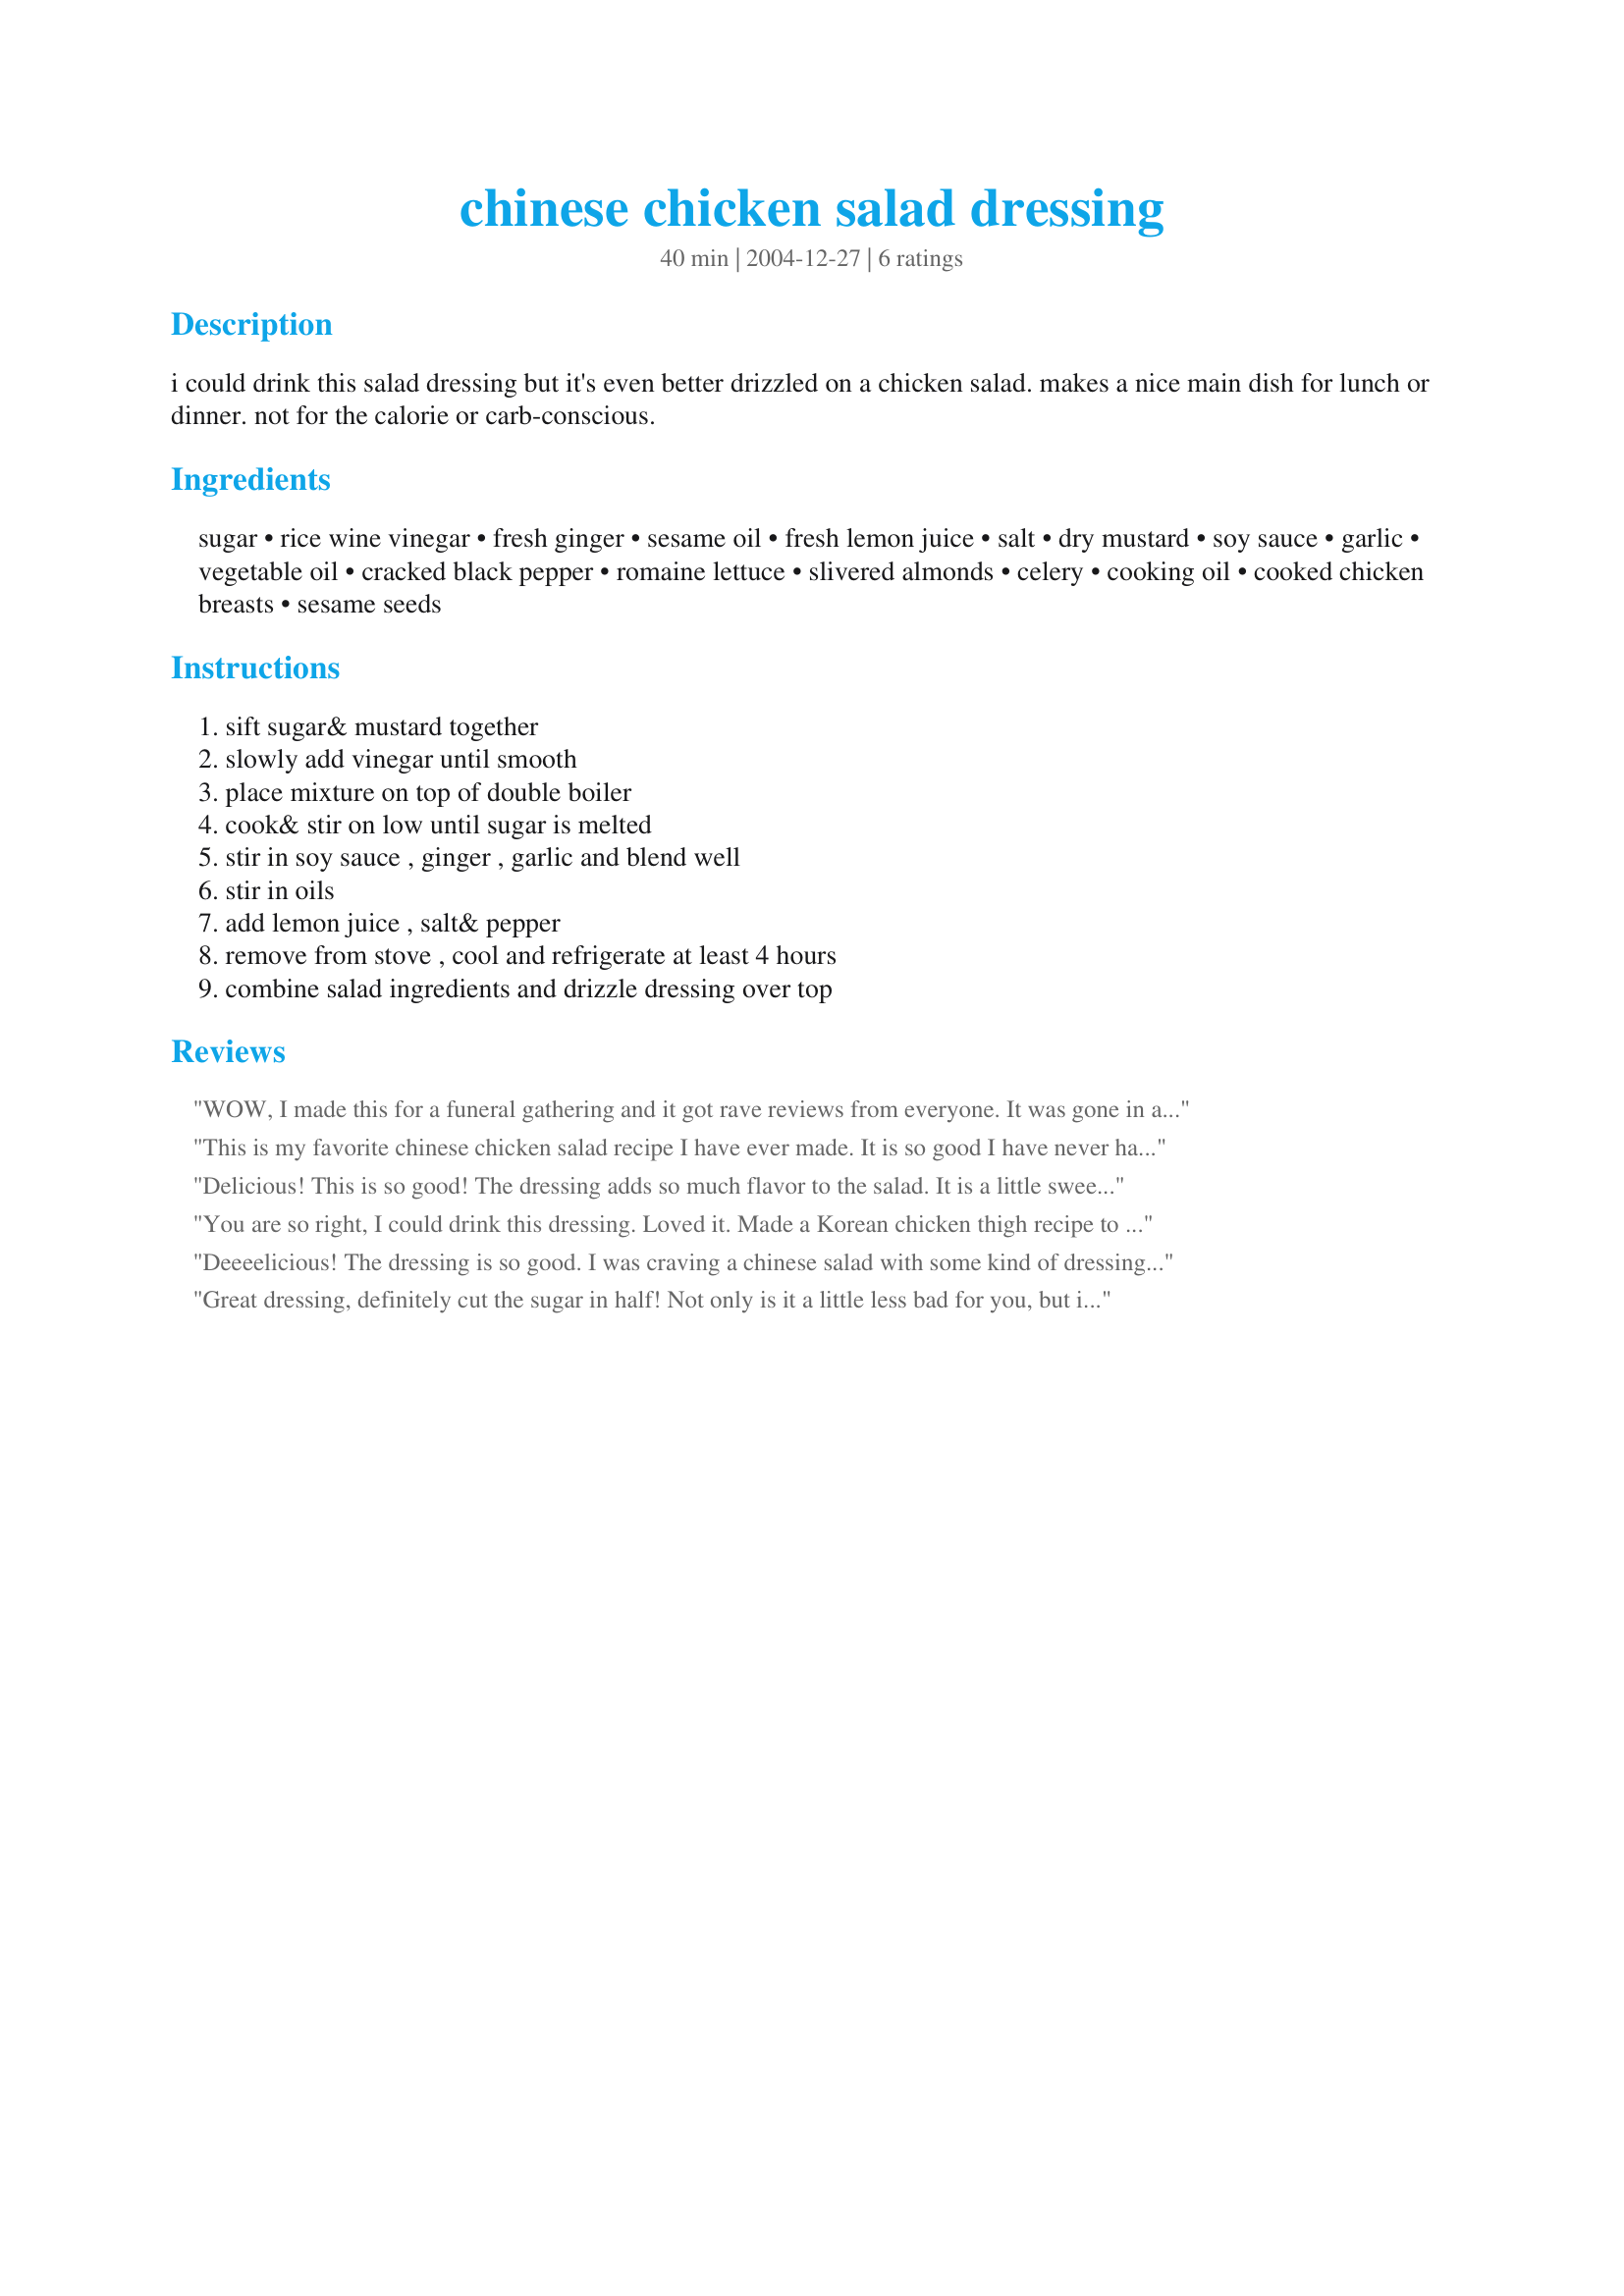
chinese chicken salad dressing
Preparation time: 40 minutes

i could drink this salad dressing but it's even better drizzled on a chicken salad. makes a nice main dish for lunch or dinner. not for the calorie or carb-conscious.

Ingredients:
sugar, rice wine vinegar, fresh ginger, sesame oil, fresh lemon juice, salt, dry mustard, soy sauce, garlic, vegetable oil, cracked black pepper, romaine lettuce, slivered almonds, celery, cooking oil, cooked chicken breasts, sesame seeds

Steps:
sift sugar& mustard together, slowly add vinegar until smooth, place mixture on top of double boiler, cook& stir on low until sugar is melted, stir in soy sauce , ginger , garlic and blend well, stir in oils, add lemon juice , salt& pepper, remove from stove , cool and refrigerate at least 4 hours, combine salad ingredients and drizzle dressing over top

Reviews:
WOW, I made this for a funeral gathering and it got rave reviews from everyone. It was gone in a flash. I left out the dry mustard just because I was out and didn't want to go to the store. Yes, the dressing is the best of any I have ever tried. For the salad I used sauteed chicken, cole slaw style cabbage, sugar snap peas, chinese peas, green onion, celery, toasted almonds & ramen noodles. This is the only chinese chicken salad recipe I will ever use again.
This is my favorite chinese chicken salad recipe I have ever made. It is so good I have never had one as good and I have had many. I put alot more veggies on my salad than the recipe calls for hoever the dressing is perfect.
Delicious! This is so good! The dressing adds so much flavor to the salad. It is a little sweeter than we would prefer, but still very yummy. I might try reducing the sugar a little next time I make this. I did add some extra garlic and ginger to the dressing because we love both of them. I refrigerated the dressing about 8 hours before putting on the salad and the flavors were perfectly blended. Thank you for sharing this recipe...it is fabulous!! *Made for PAC Spring '08*
You are so right, I could drink this dressing. Loved it. Made a Korean chicken thigh recipe to use in the salad. WOW was wonderful.
Deeeelicious! The dressing is so good. I was craving a chinese salad with some kind of dressing just like this one. I made it and it was sooo good. My husband loves it too. You might want to reduce the amount of sugar though, because I reduced it by almost half and it was still a lil sweet for me. Other than that, this recipe is a keeper! Thanks for posting!!!
Great dressing, definitely cut the sugar in half! Not only is it a little less bad for you, but it was plenty sweet with just 1 cup (and I LOVE sweet). Otherwise, this made a ton so I could enjoy it on my salad throughout the week.
